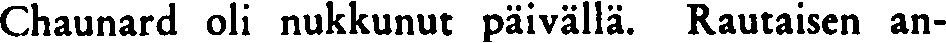
Chaunard oli nukkunut päivällä. Rautaisen an-